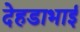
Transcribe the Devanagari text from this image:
देहडाभाई